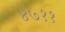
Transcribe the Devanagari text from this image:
४७११